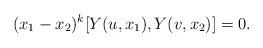
LaTeX: \begin{align*} (x_1-x_2)^k [Y(u,x_1),Y(v,x_2)]=0.\end{align*}